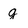
Character: g